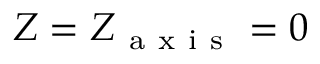
Z = Z _ { \mathrm { ~ a ~ x ~ i ~ s ~ } } = 0